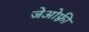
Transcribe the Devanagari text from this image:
जेओफ़्री